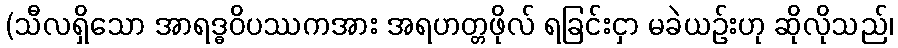
(သီလရှိသော အာရဒ္ဓဝိပဿကအား အရဟတ္တဖိုလ် ရခြင်းငှာ မခဲယဉ်းဟု ဆိုလိုသည်၊